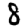
Digit: 8